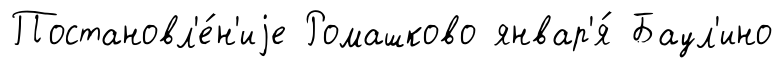
Постановл'е́н'иjе Ромашково январ'я́ Баул'ино